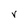
Character: V